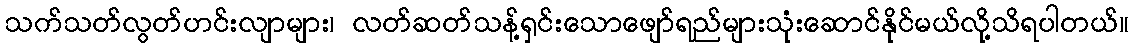
သက်သတ်လွတ်ဟင်းလျာများ၊ လတ်ဆတ်သန့်ရှင်းသောဖျော်ရည်များသုံးဆောင်နိုင်မယ်လို့သိရပါတယ်။